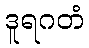
ဒူရဂတံ